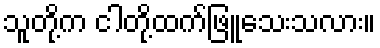
သူတို့က ငါတို့ထက်ဖြူသေးသလား။